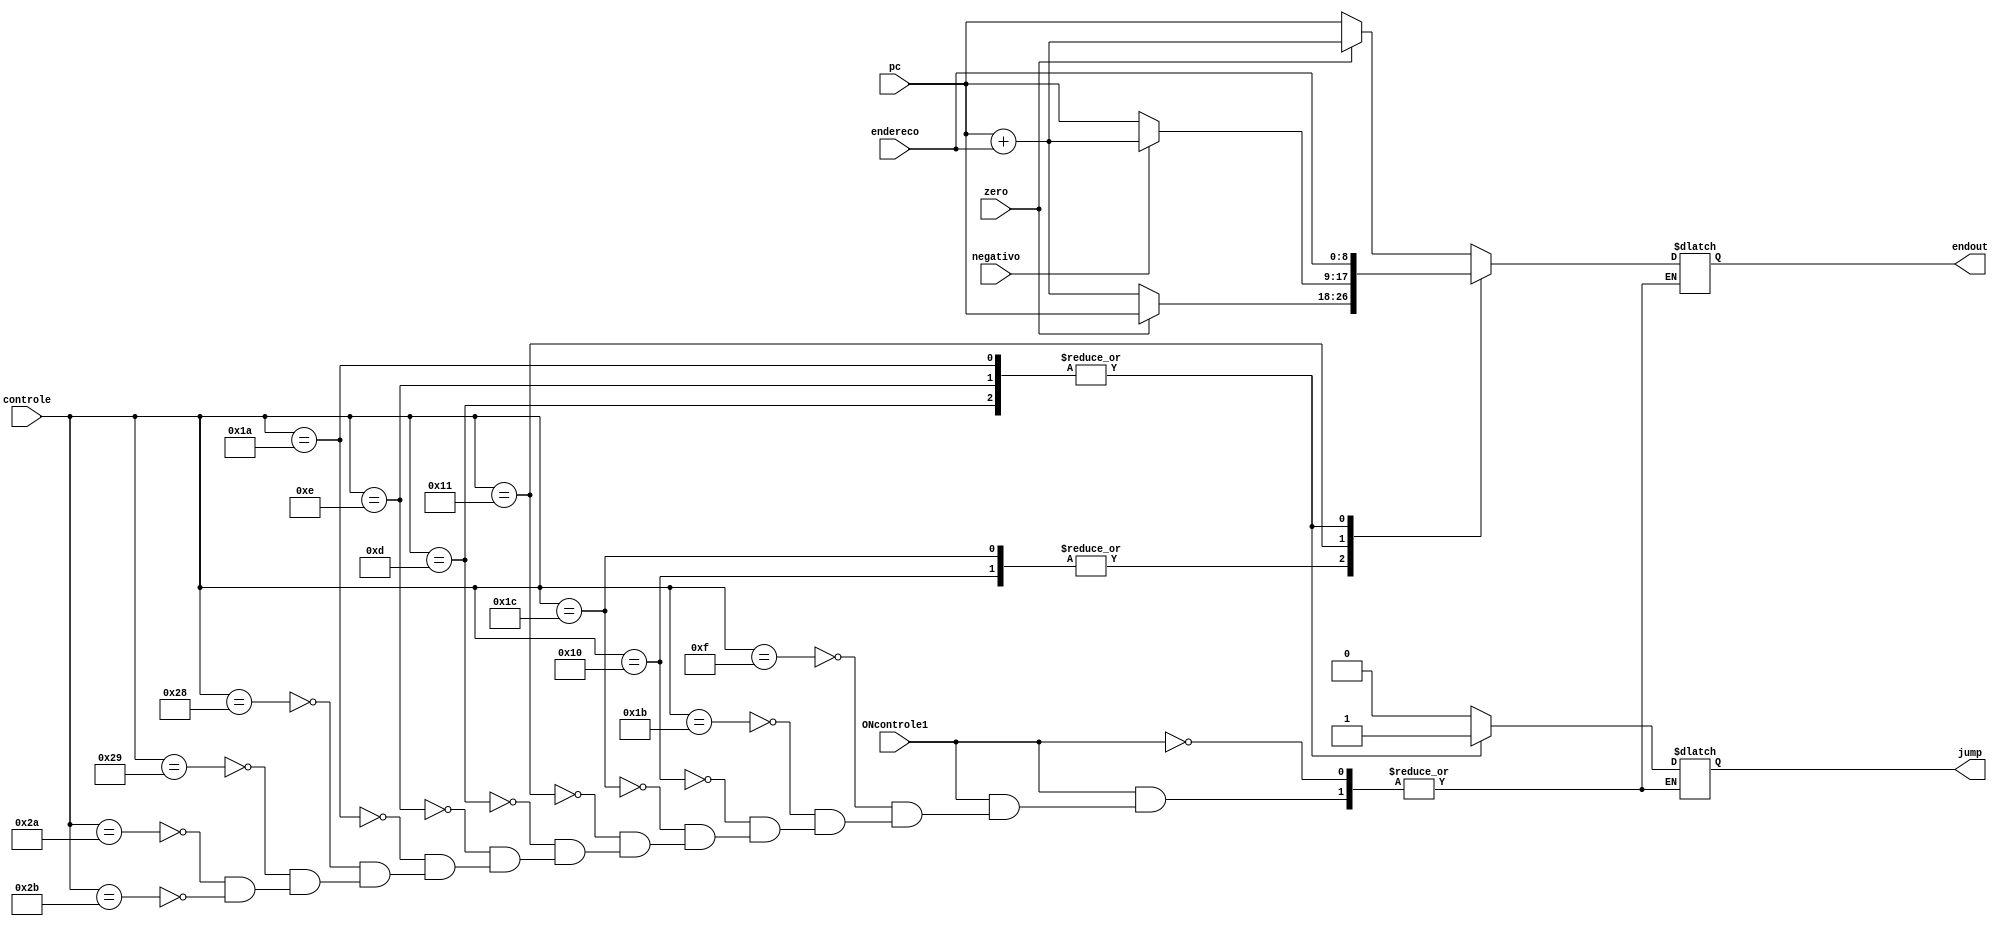
module skip (ONcontrole1, controle, jump, pc, endereco, zero, negativo, endout);
	input ONcontrole1;
	input [5:0] controle;
	input [8:0] endereco, pc;
	input zero, negativo;
	output reg jump;
	output reg [8:0] endout;
	reg [8:0] add;
	
	parameter beq = 6'b01111, bneq = 6'b10000, blz = 6'b10001, jmp = 6'b01101, jmpr = 6'b01110, jal = 6'b11010,
	beqi = 6'b11011, bneqi = 6'b11100, blt = 6'b101000, bgrt= 6'b101001, blti = 6'b101010, bgrti = 6'b101011;
	
	
	always @ (*) begin 
		add = pc;
		if (ONcontrole1) begin
		case (controle)
			beq: //branch equal
				if(zero==1) begin
					endout = add + endereco;
					jump =0;
				end
				else begin 
					endout = add;
					jump = 0;
				end
			beqi: //branch equal immediate
				if(zero==1) begin
					endout = add + endereco;
					jump =0;
				end
				else begin 
					endout = add;
					jump = 0;
				end
			bneq: //branch not equal
				if(zero == 0) begin
					endout = add + endereco;
					jump =0;
				end
				else begin 
					endout = add;
					jump = 0;
				end
			bneqi: //branch not equal immediate
				if(zero == 0) begin
					endout = add + endereco;
					jump =0;
				end
				else begin 
					endout = add;
					jump = 0;
				end
			blz: //branch less zero
				if(negativo==1) begin
					endout = add + endereco;
					jump = 0;
				end
				else begin 
					endout = add;
					jump = 0;
				end
			jmp: begin //jump
				endout = endereco;
				jump = 1;
			end
			jmpr: begin
				endout = endereco;
				jump = 1;
			end
			jal: begin //jump and link
				endout = endereco;
				jump = 1;
			end
			blt: begin //branch less than
				if(zero==1) 
					endout = add + endereco;
				else
					endout = add;
				jump = 0;
			end
			bgrt: begin //branch greater than
				if(zero==1) 
					endout = add + endereco;
				else
					endout = add;
				jump = 0;
			end
			blti: begin //branch less than immediate
				if(zero==1) 
					endout = add + endereco;
				else 
					endout = add;
				jump = 0;
			end
			bgrti: begin //branch greater than immediate
				if(zero==1) 
					endout = add + endereco;
				else 
					endout = add;
				jump = 0;
			end
		endcase	
	end
	end
endmodule